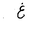
Letter: _gayn